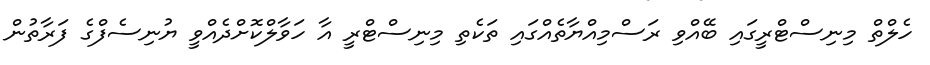
ހެލްތް މިނިސްޓްރީގައި ބޭއްވި ރަސްމިއްޔާތެއްގައި ތަކެތި މިނިސްޓްރީ އާ ހަވާލްކޮށްދެއްވީ ޔުނިސެފްގެ ފަރާތުން